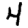
Digit: 4